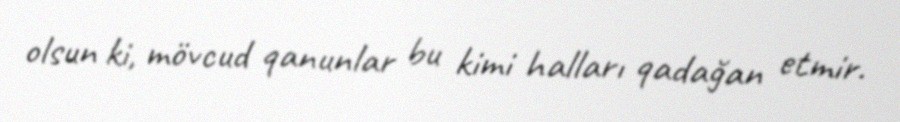
olsun ki, mövcud qanunlar bu kimi halları qadağan etmir.